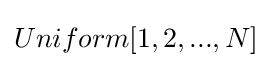
Uniform[1,2,...,N]